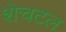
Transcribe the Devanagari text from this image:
शेचटल